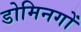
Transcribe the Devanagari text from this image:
डोमिनगों